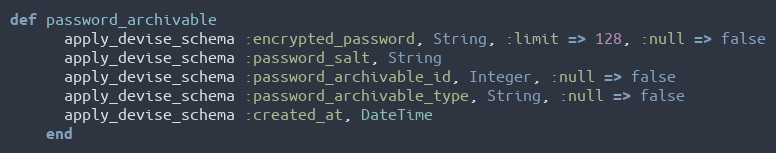
Language: Ruby
def password_archivable
      apply_devise_schema :encrypted_password, String, :limit => 128, :null => false
      apply_devise_schema :password_salt, String
      apply_devise_schema :password_archivable_id, Integer, :null => false
      apply_devise_schema :password_archivable_type, String, :null => false
      apply_devise_schema :created_at, DateTime
    end